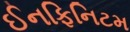
ઈનફિનિટમ